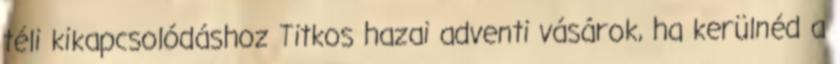
téli kikapcsolódáshoz Titkos hazai adventi vásárok, ha kerülnéd a